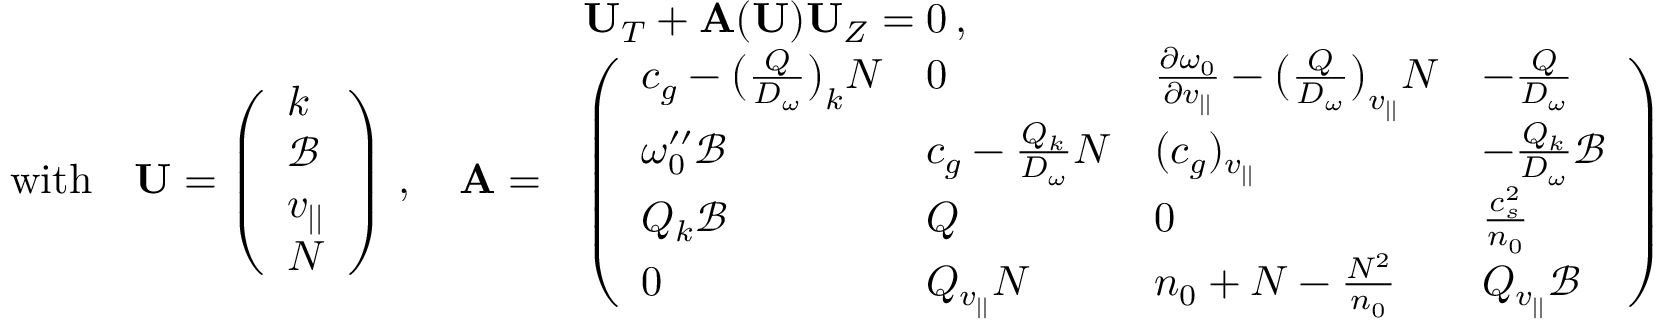
\begin{array} { r l } & { { \bf U } _ { T } + { \bf A } ( { \bf U } ) { \bf U } _ { Z } = 0 \, , } \\ { \mathrm { w i t h } \quad { \bf U } = \left( \begin{array} { l } { k } \\ { \mathscr { B } } \\ { v _ { | | } } \\ { N } \end{array} \right) \, , \quad { \bf A } = } & { \left( \begin{array} { l l l l } { c _ { g } - \big ( \frac { Q } { D _ { \omega } } \big ) _ { k } N } & { 0 } & { \frac { \partial \omega _ { 0 } } { \partial v _ { | | } } - \big ( \frac { Q } { D _ { \omega } } \big ) _ { v _ { | | } } N } & { - \frac { Q } { D _ { \omega } } } \\ { \omega _ { 0 } ^ { \prime \prime } \mathscr { B } } & { c _ { g } - \frac { Q _ { k } } { D _ { \omega } } N } & { ( c _ { g } ) _ { v _ { | | } } } & { - \frac { Q _ { k } } { D _ { \omega } } \mathscr { B } } \\ { Q _ { k } \mathscr { B } } & { Q } & { 0 } & { \frac { c _ { s } ^ { 2 } } { n _ { 0 } } } \\ { 0 } & { Q _ { v _ { | | } } N } & { n _ { 0 } + N - \frac { N ^ { 2 } } { n _ { 0 } } } & { Q _ { v _ { | | } } \mathscr { B } } \end{array} \right) } \end{array}